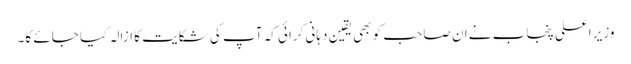
وزیر اعلی پنجاب نے ان صاحب کو بھی یقین دہانی کرائی کہ آپ کی شکایت کا ازالہ کیا جائے گا۔